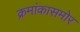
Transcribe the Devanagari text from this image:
क्रमांकासमोर